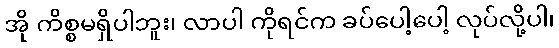
အို ကိစ္စမရှိပါဘူး၊ လာပါ ကိုရင်က ခပ်ပေါ့ပေါ့ လုပ်လို့ပါ၊